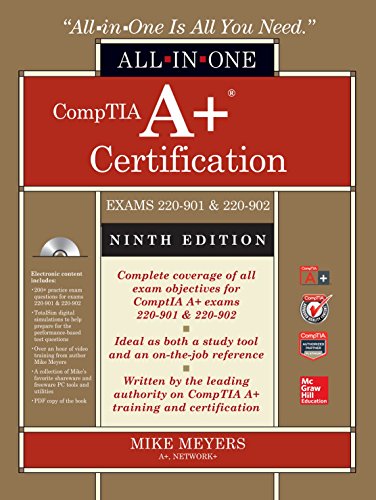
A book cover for CompTIA A+ Certification All-in-One Exam Guide, Ninth Edition (Exams 220-901 & 220-902); Mike Meyers; Computers & Technology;